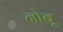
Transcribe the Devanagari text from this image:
नोबू